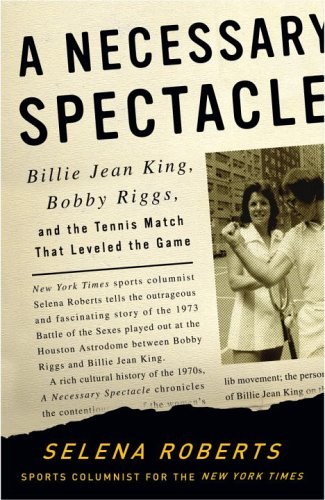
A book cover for A Necessary Spectacle: Billie Jean King, Bobby Riggs, and the Tennis Match That Leveled the Game; Selena Roberts; Sports & Outdoors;